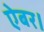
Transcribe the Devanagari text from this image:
ऐबर।